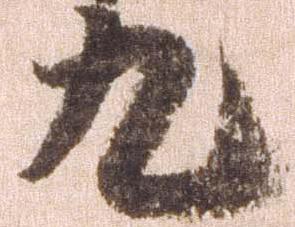
九